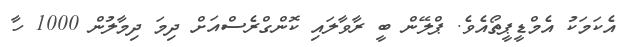
އެކަމަކު އެމްޑީޕީތޯއެވެ. ޕްލޭން ބީ ރާވާލައި ކޮންގްރެސްއަށް ދިމަ ދިމާލުން 1000 ހާ